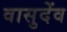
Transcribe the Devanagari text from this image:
वासुदेंव